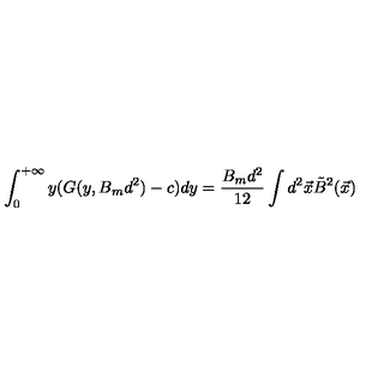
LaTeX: \int _ { 0 } ^ { + \infty } y ( G ( y , B _ { m } d ^ { 2 } ) - c ) d y = \frac { B _ { m } d ^ { 2 } } { 1 2 } \int d ^ { 2 } \vec { x } \tilde { B } ^ { 2 } ( \vec { x } )